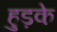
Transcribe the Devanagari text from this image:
हुड़के